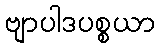
ဗျာပါဒပစ္စယာ